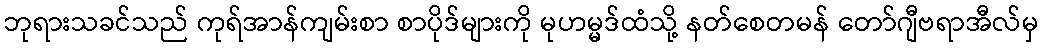
ဘုရားသခင်သည် ကုရ်အာန်ကျမ်းစာ စာပိုဒ်များကို မုဟမ္မဒ်ထံသို့ နတ်စေတမန် တော်ဂျီဗရာအီလ်မှ